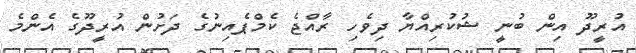
އުރީދޫ އިން ބުނީ ޝުކުރިއްޔާ ދިވެހި ރާއްޖެ ކެމްޕެއިނުގެ ދަށުން އުރީދޫގެ އެންމެ